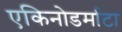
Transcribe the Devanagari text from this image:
एकिनोडर्माटा